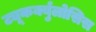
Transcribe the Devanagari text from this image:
ट्यूकर्क्युलोसिस